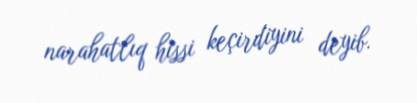
narahatlıq hissi keçirdiyini deyib.